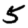
Digit: 5